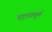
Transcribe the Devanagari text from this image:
स्ट्रासबुर्ग